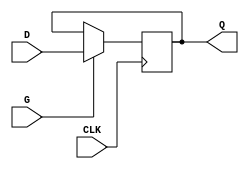
module edge_triggered_gated_latch (
    input wire D,      // Data input
    input wire G,      // Gate input
    input wire CLK,    // Clock input
    output reg Q       // Output
);

    // Always block to handle the edge-triggering and gating
    always @(posedge CLK) begin
        if (G) begin
            Q <= D;   // Latch the input D if G is high
        end
        // If G is low, Q retains its previous value
    end

endmodule